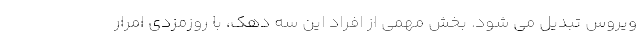
ویروس تبدیل می شود. بخش مهمی از افراد این سه دهک، با روزمزدی امرار